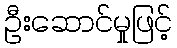
ဦးဆောင်မှုဖြင့်